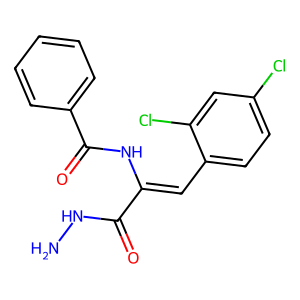
SMILES: NNC(=O)C(=Cc1ccc(Cl)cc1Cl)NC(=O)c1ccccc1
Inhibits HIV replication: No